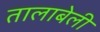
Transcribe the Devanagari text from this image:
तालाबेली